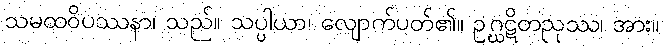
သမထဝိပဿနာ၊ သည်။ သပ္ပါယာ၊ လျောက်ပတ်၏။ ဥဂ္ဃဋိတညုဿ၊ အား။